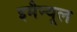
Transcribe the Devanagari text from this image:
इमैन्यूल